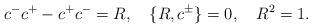
LaTeX: \begin{align*}c^-c^+-c^+ c^-=R,\quad \{R,c^\pm\}=0,\quad R^2=1.\end{align*}